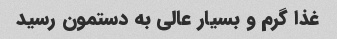
غذا گرم و بسیار عالی به دستمون رسید